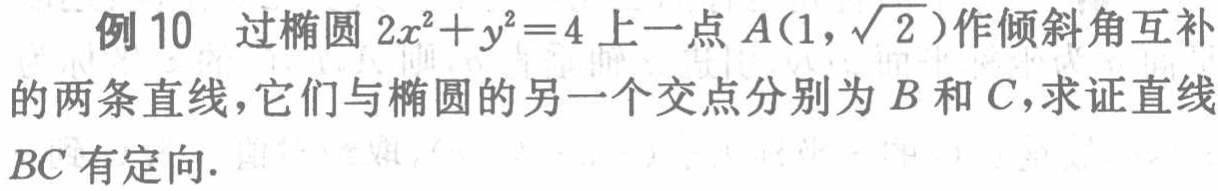
例 10 过椭圆 \(2x^{2}+y^{2}=4\) 上一点 \(A(1,\sqrt{2})\) 作倾斜角互补的两条直线，它们与椭圆的另一个交点分别为 \(B\) 和 \(C\)，求证直线 \(BC\) 有定向.